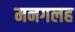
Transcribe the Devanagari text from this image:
मनगलह